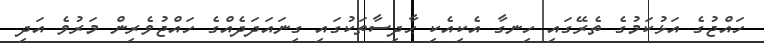
ހައްޖުގެ އަޅުކަމުގެ ތެރޭގައި ހިނގާ އެކިއެކި ޙާދިސާތަކުގައި ގިނައަދަދެއްގެ ހައްޖުވެރިން މަރުވެ އަދި